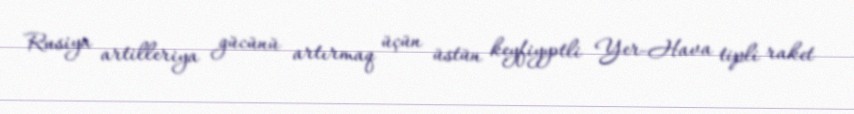
Rusiya artilleriya gücünü artırmaq üçün üstün keyfiyyətli Yer-Hava tipli raket